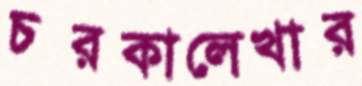
চরকালেখার